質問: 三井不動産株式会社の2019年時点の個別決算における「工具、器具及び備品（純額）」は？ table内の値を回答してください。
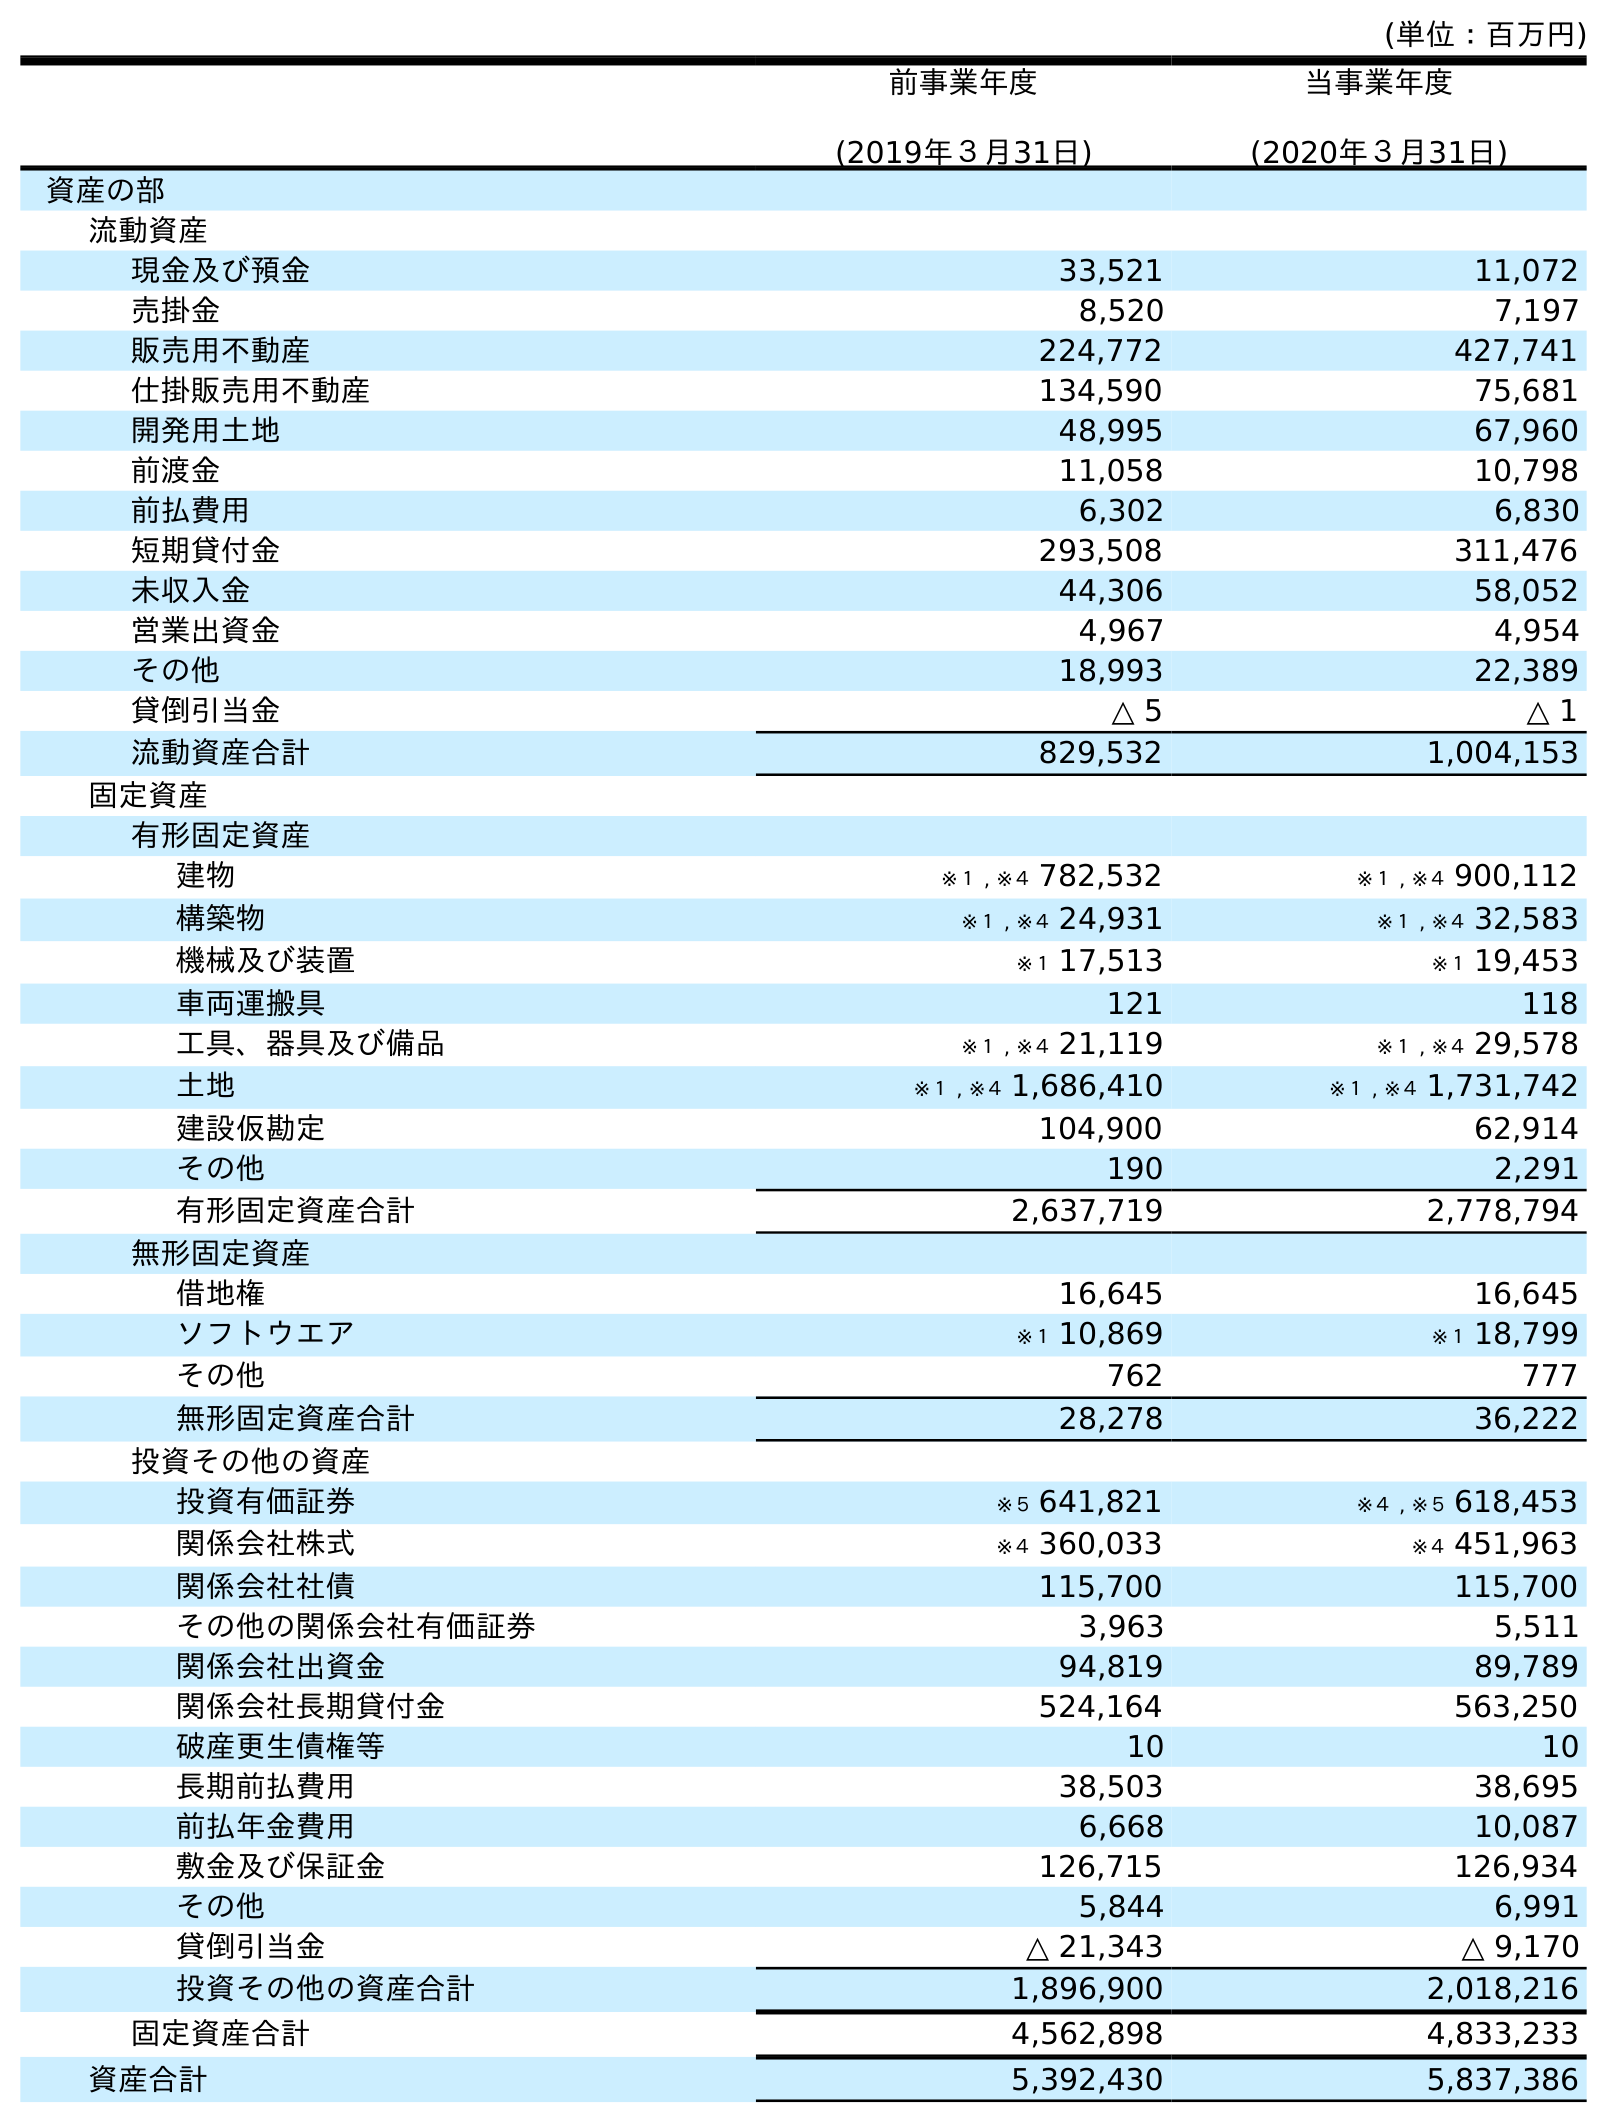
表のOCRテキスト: (単位：百万円) 前事業年度 (2019年３月31日) 当事業年度 (2020年３月31日) 資産の部 流動資産 現金及び預金 33,521 11,072 売掛金 8,520 7,197 販売用不動産 224,772 427,741 仕掛販売用不動産 134,590 75,681 開発用土地 48,995 67,960 前渡金 11,058 10,798 前払費用 6,302 6,830 短期貸付金 293,508 311,476 未収入金 44,306 58,052 営業出資金 4,967 4,954 その他 18,993 22,389 貸倒引当金 △ 5 △ 1 流動資産合計 829,532 1,004,153 固定資産 有形固定資産 建物 ※１ , ※４ 782,532 ※１ , ※４ 900,112 構築物 ※１ , ※４ 24,931 ※１ , ※４ 32,583 機械及び装置 ※１ 17,513 ※１ 19,453 車両運搬具 121 118 工具、器具及び備品 ※１ , ※４ 21,119 ※１ , ※４ 29,578 土地 ※１ , ※４ 1,686,410 ※１ , ※４ 1,731,742 建設仮勘定 104,900 62,914 その他 190 2,291 有形固定資産合計 2,637,719 2,778,794 無形固定資産 借地権 16,645 16,645 ソフトウエア ※１ 10,869 ※１ 18,799 その他 762 777 無形固定資産合計 28,278 36,222 投資その他の資産 投資有価証券 ※５ 641,821 ※４ , ※５ 618,453 関係会社株式 ※４ 360,033 ※４ 451,963 関係会社社債 115,700 115,700 その他の関係会社有価証券 3,963 5,511 関係会社出資金 94,819 89,789 関係会社長期貸付金 524,164 563,250 破産更生債権等 10 10 長期前払費用 38,503 38,695 前払年金費用 6,668 10,087 敷金及び保証金 126,715 126,934 その他 5,844 6,991 貸倒引当金 △ 21,343 △ 9,170 投資その他の資産合計 1,896,900 2,018,216 固定資産合計 4,562,898 4,833,233 資産合計 5,392,430 5,837,386
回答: ※１,※４21,119